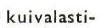
kuivalasti-